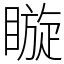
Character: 䁢